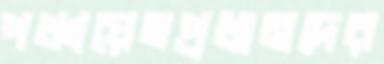
পঞ্চায়েতপ্রধানদের